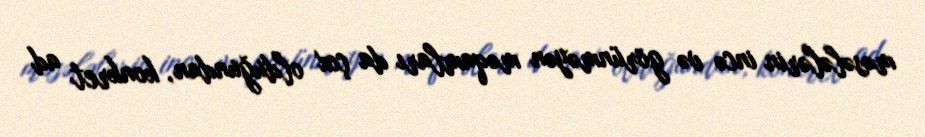
məsələlərin incə və görünməyən məqamları da çox olduğundan, konkret ad